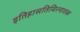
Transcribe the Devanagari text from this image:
इतिहासतिमिरनाशक